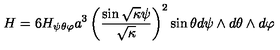
H = 6 H _ { \psi \theta \varphi } a ^ { 3 } \left( \frac { \sin \sqrt { \kappa } \psi } { \sqrt { \kappa } } \right) ^ { 2 } \sin \theta d \psi \wedge d \theta \wedge d \varphi